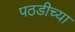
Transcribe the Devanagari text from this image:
पठडीच्या